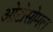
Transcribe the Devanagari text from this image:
ओटोसोमल